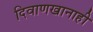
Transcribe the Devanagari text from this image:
दिवाणखानाही